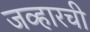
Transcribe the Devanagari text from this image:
जव्हारची